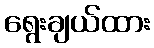
ရွေးချယ်ထား